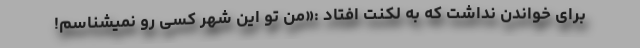
برای خواندن نداشت که به لکنت افتاد :«من تو این شهر کسی رو نمیشناسم!